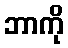
ဘာကို